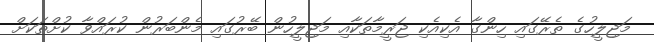
މަޖިލީހުގެ ތެރޭގައި ހިންގާ އެކިއެކި ޖަރީމާތަކާއި މަޖިލީހުން ބޭރުގައި މެންބަރުން ކުރައްވާ ކުށްތަކަށް